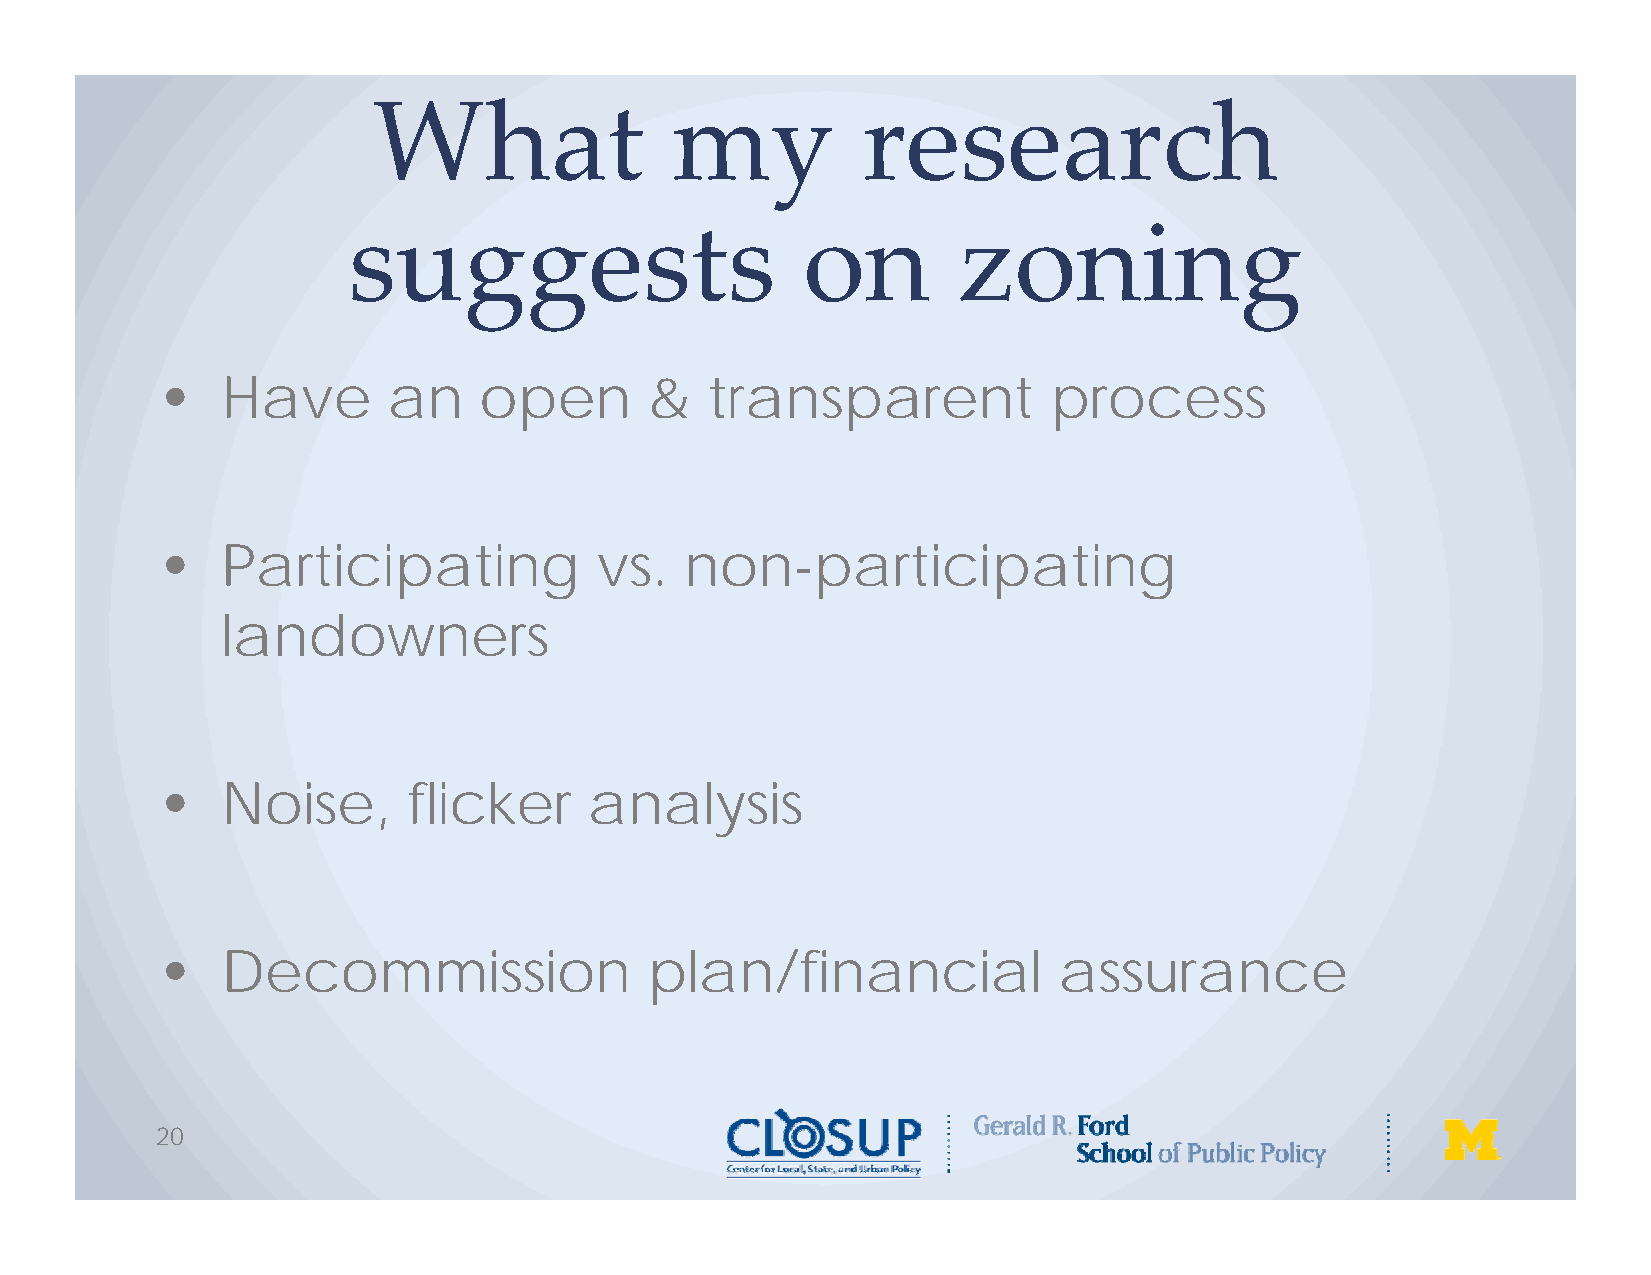
What               my           research
 suggests                      on        zoning
 •   Have       an    open       &   transparent           process
 •   Participating           vs.   non-participating
 landowners
 •   Noise,      flicker     analysis
 •   Decommission                plan/financial             assurance
 20